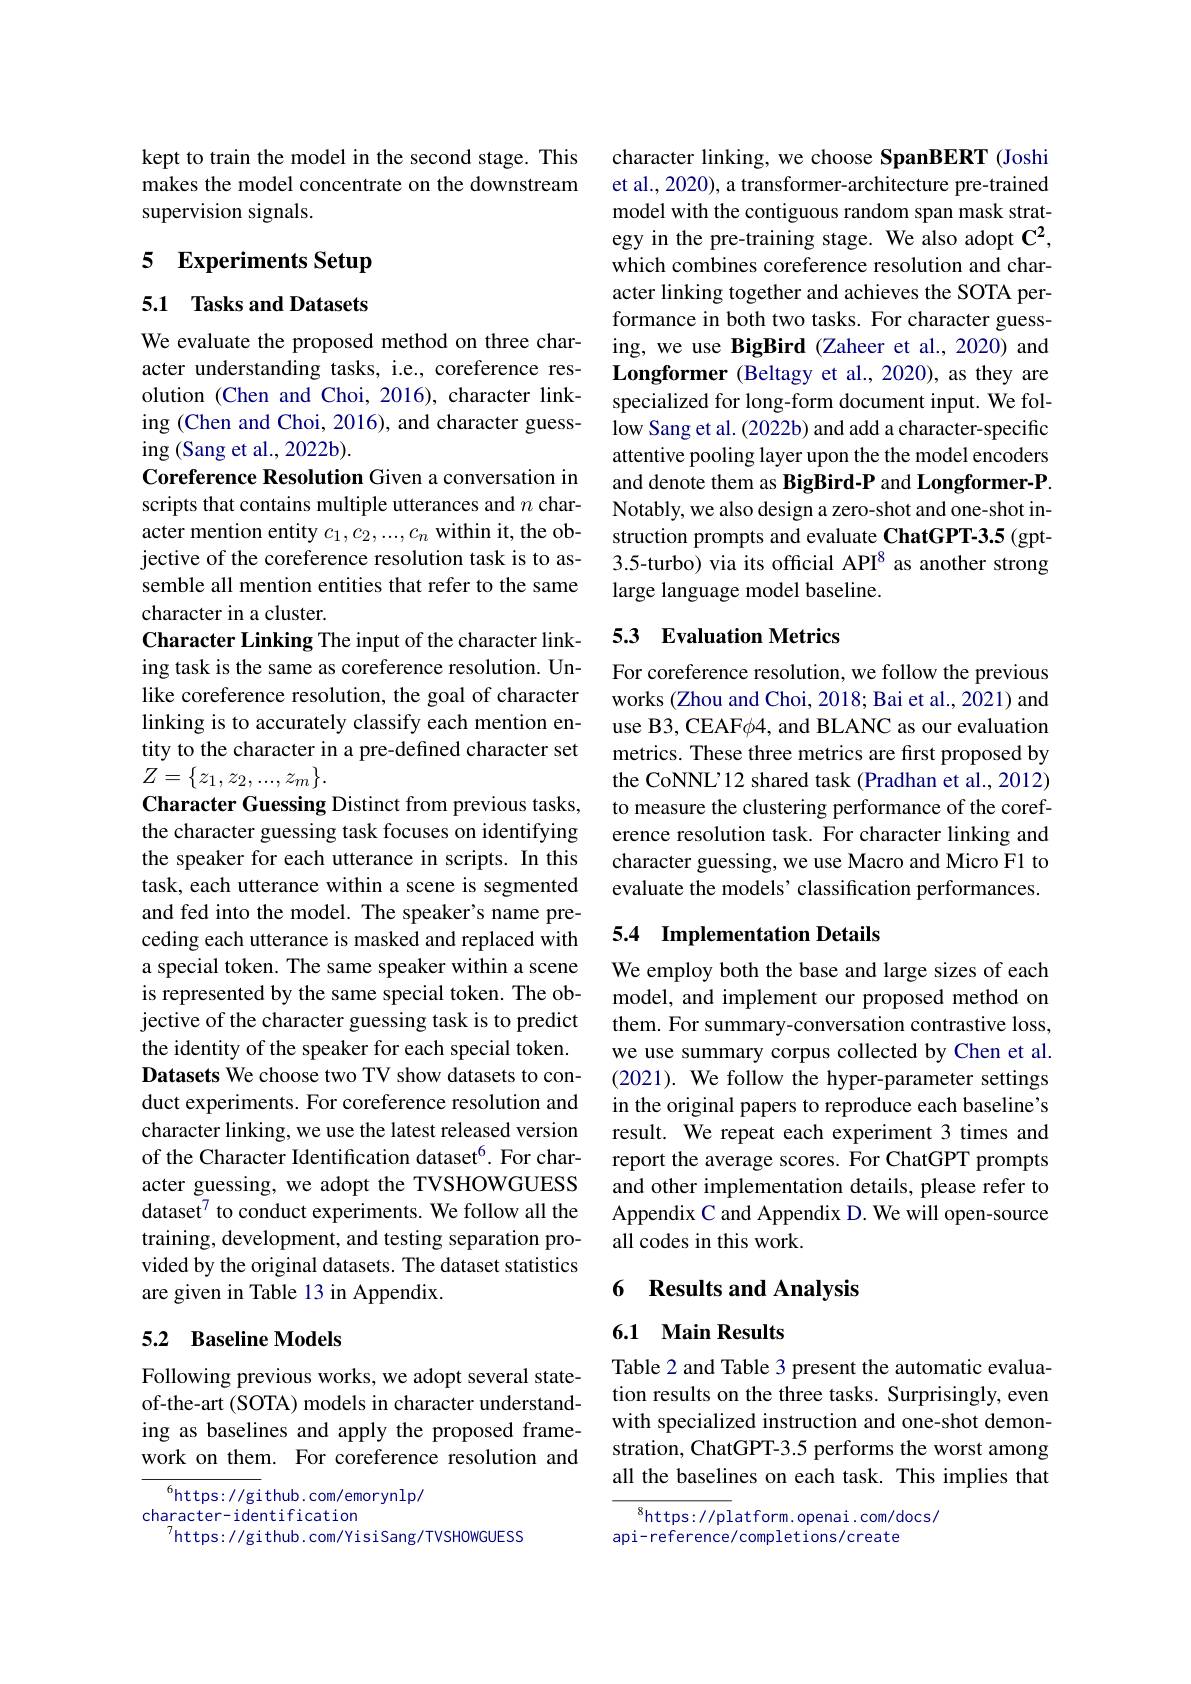
kept to train the model in the second stage. This makes the model concentrate on the downstream supervision signals.

# 5 Experiments Setup

5.1 Tasks and Datasets

We evaluate the proposed method on three character understanding tasks, i.e., coreference resolution (Chen and Choi, 2016), character linking (Chen and Choi, 2016), and character guessing (Sang et al., 2022b).
Coreference Resolution Given a conversation in scripts that contains multiple utterances and $n$ character mention entity $c_1,c_2,...,c_n$ within it, the objective of the coreference resolution task is to assemble all mention entities that refer to the same character in a cluster.
Character Linking The input of the character linking task is the same as coreference resolution. Unlike coreference resolution, the goal of character linking is to accurately classify each mention entity to the character in a pre-defined character set $Z=\begin{Bmatrix}z_1,z_2,...,z_m\end{Bmatrix}.$
Character Guessing Distinct from previous tasks, the character guessing task focuses on identifying the speaker for each utterance in scripts. In this task, each utterance within a scene is segmented and fed into the model. The speaker's name preceding each utterance is masked and replaced with a special token. The same speaker within a scene is represented by the same special token. The objective of the character guessing task is to predict the identity of the speaker for each special token. Datasets We choose two TV show datasets to conduct experiments. For coreference resolution and character linking, we use the latest released version of the Character Identification dataset$^{6}.$ For character guessing, we adopt the TVSHOWGUESS dataset$^{7}$ to conduct experiments. We follow all the training, development, and testing separation provided by the original datasets. The dataset statistics are given in Table 13 in Appendix.

## 5.2 Baseline Models

Following previous works, we adopt several stateof-the-art (SOTA) models in character understanding as baselines and apply the proposed framework on them. For coreference resolution and

$^{6}$https://github.com/emorynlp/
character- identification
$^{7}$https: //github. com/YisiSang/TVSHOWGUESS

character linking, we choose SpanBERT (Joshi et al., 2020), a transformer- architecture pre-trained model with the contiguous random span mask strategy in the pre-training stage. We also adopt $\mathbf{C}^2$, which combines coreference resolution and character linking together and achieves the SOTA performance in both two tasks. For character guessing, we use BigBird (Zaheer et al.,2020) and Longformer (Beltagy et al.,2020), as they are specialized for long-form document input. We follow Sang et al. (2022b) and add a character-specific attentive pooling layer upon the the model encoders and denote them as BigBird-P and Longformer-P. Notably, we also design a zero-shot and one-shot instruction prompts and evaluate ChatGPT-3.5 (gpt- 3.5-turbo) via its official API$^{8}$ as another strong large language model baseline.

## 5.3 Evaluation Metrics

For coreference resolution, we follow the previous works (Zhou and Choi, 2018; Bai et al., 2021) and use B3, CEAF$\phi$4, and BLANC as our evaluation metrics. These three metrics are first proposed by the CoNNL'12 shared task (Pradhan et al., 2012) to measure the clustering performance of the coreference resolution task. For character linking and character guessing, we use Macro and Micro F1 to evaluate the models' classification performances.

## 5.4 Implementation Details

We employ both the base and large sizes of each model, and implement our proposed method on them. For summary-conversation contrastive loss, we use summary corpus collected by Chen et al. (2021). We follow the hyper-parameter settings in the original papers to reproduce each baseline's result. We repeat each experiment 3 times and report the average scores. For ChatGPT prompts and other implementation details, please refer to Appendix C and Appendix D. We will open-source all codes in this work.

## 6 Results and Analysis

6.1 Main Results

Table 2 and Table 3 present the automatic evaluation results on the three tasks. Surprisingly, even with specialized instruction and one-shot demonstration, ChatGPT-3.5 performs the worst among all the baselines on each task. This implies that

$^{8}$https://platform.openai.com/docs/
api-reference/completions/create